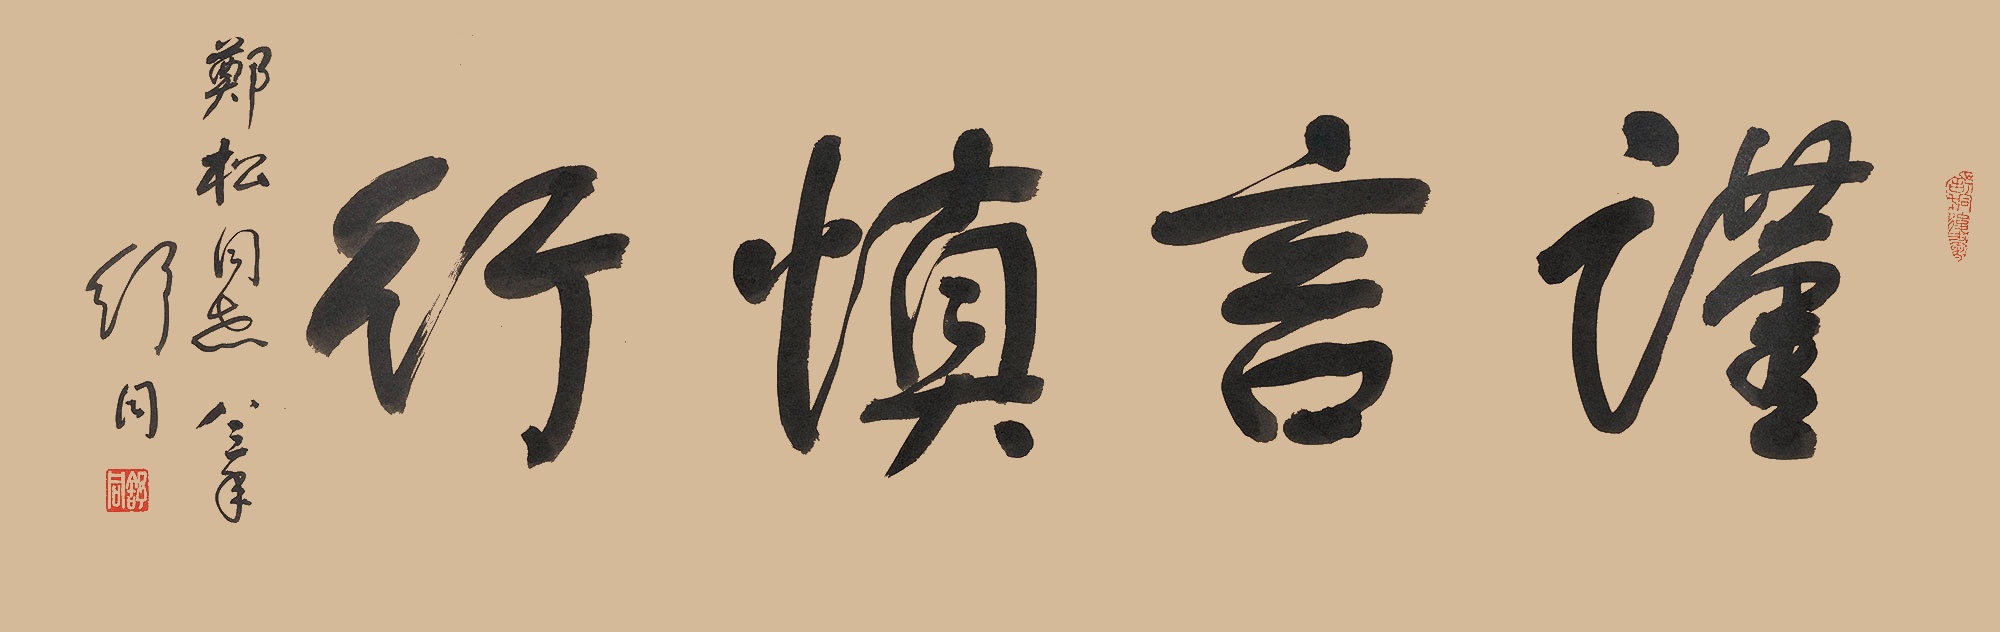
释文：谨言慎行郑松同志。八三年，舒同。